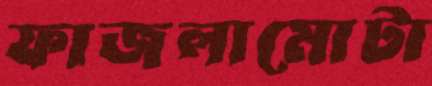
ফাজলামোটা